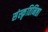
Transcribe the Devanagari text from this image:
संस्कृतिनिष्ठा